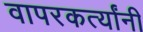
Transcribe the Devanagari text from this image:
वापरकर्त्यांनी